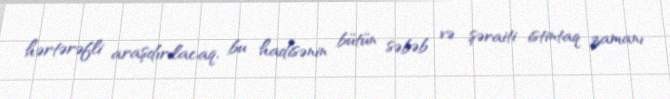
hərtərəfli araşdırılacaq, bu hadisənin bütün səbəb və şəraiti istintaq zamanı